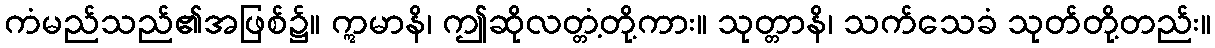
ကံမည်သည်၏အဖြစ်၌။ ဣမာနိ၊ ဤဆိုလတ္တံ့တို့ကား။ သုတ္တာနိ၊ သက်သေခံ သုတ်တို့တည်း။